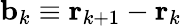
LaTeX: \mathbf b_{k}\equiv\mathbf r_{k+1}-\mathbf r_{k}